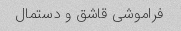
فراموشی قاشق و دستمال